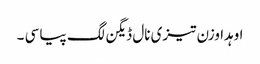
اوہدا وزن تیزی نال ڈیگن لگ پیا سی ۔